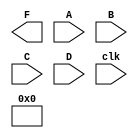
module pipe_ex1 (F, A, B, C, D, clk);

  parameter N = 10;
 
  input [N-1:0] A, B, C, D;
  input clk;
  output [N-1:0] F;
  reg [N-1:0] L12_x1, L12_x2, L12_D, L23_x3, L23_D, L34_F;

  assign F = L34_D;

  always @ (posedge clk)    //**stage1**
    begin
      L12_x1 <= #4 A + B;
      L12_x2 <= #4 C - D;
      L12_D <= D;
   end 
     
  always @ (posedge clk)   //**stage2**
    begin
     L23_x3 <= #4 L12_x1 + L12+x2;
     L23_D <= L12_D;   
   end
 
   always @ (posedge clk)   //**stage3**
     L34_F <= #6 L23_x3 * L23_D;  //**stage3**
  
endmodule